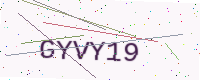
Text: GYVY19